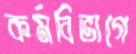
কর্মবিভাগে